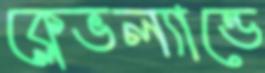
ক্লেভল্যান্ডে